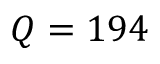
Q = 1 9 4